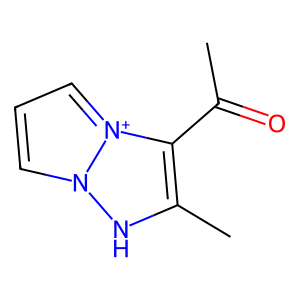
SMILES: CC(=O)c1c(C)[nH]n2ccc[n+]12
Inhibits HIV replication: No